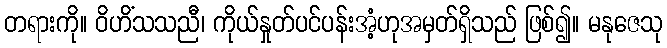
တရားကို။ ဝိဟိံသသညီ၊ ကိုယ်နှုတ်ပင်ပန်းအံ့ဟုအမှတ်ရှိသည် ဖြစ်၍။ မနုဇေသု